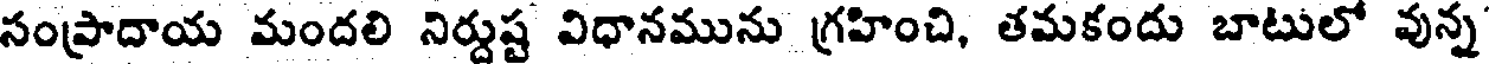
సంప్రాదాయ మందలి నిర్దుష్ట విధానమును గ్రహించి, తమకందు బాటులో వున్న